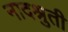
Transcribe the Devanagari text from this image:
नादश्रुती